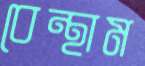
বেন্থাম